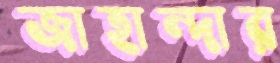
জাহান্দার